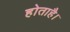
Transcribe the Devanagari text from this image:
होताहै।